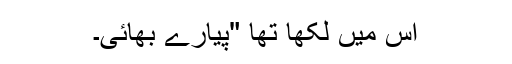
اس میں لکھا تھا "پیارے بھائی۔